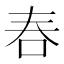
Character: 𠰫